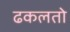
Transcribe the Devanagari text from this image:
ढकलतो